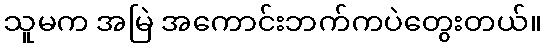
သူမက အမြဲ အကောင်းဘက်ကပဲတွေးတယ်။